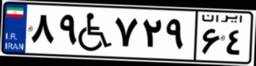
۸۹W۷۲۹۶۴